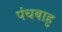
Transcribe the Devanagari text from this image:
पंचबाहु